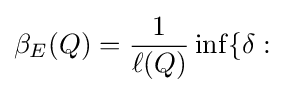
\beta _{E}(Q)={\frac {1}{\ell (Q)}}\inf\{\delta :{}